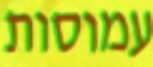
עמוסות